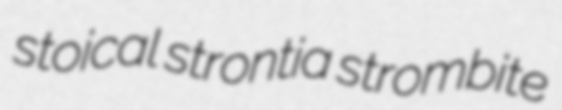
stoical strontia strombite